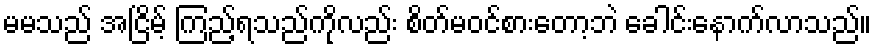
မမသည် အငြိမ့် ကြည့်ရသည်ကိုလည်း စိတ်မဝင်စားတော့ဘဲ ခေါင်းနောက်လာသည်။